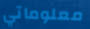
معلوماتي